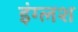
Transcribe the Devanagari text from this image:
इंग्लश